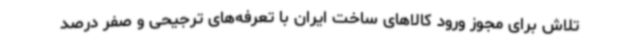
تلاش برای مجوز ورود کالاهای ساخت ایران با تعرفه‌های ترجیحی و صفر درصد